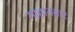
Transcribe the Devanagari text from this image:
गाहानबार